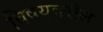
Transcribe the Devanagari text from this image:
विषयवरील